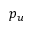
p _ { u }